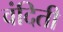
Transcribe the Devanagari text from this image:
वंदिती